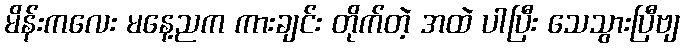
မိန်းကလေး မနေ့ညက ကားချင်း တိုက်တဲ့ အထဲ ပါပြီး သေသွားပြီဗျ